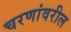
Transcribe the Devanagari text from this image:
चरणांवरील